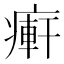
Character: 𤹖